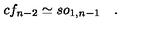
c f _ { n - 2 } \simeq s o _ { 1 , n - 1 } \quad .